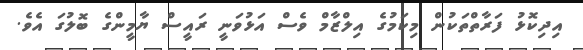
އިދިކޮޅު ފަރާތްތަކުން މިކަމުގެ އިލްޒާމް ވެސް އަޅުވަނީ ރައީސް ޔާމީންގެ ބޮލުގަ އެވެ.